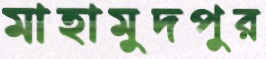
মাহামুদপুর